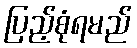
ပြည့်စုံရမည်